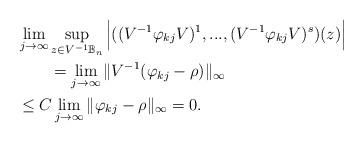
LaTeX: \begin{align*} &\lim_{j\rightarrow \infty}\sup_{z\in V^{-1}\mathbb{B}_n} \Big{|}((V^{-1}\varphi_{kj} V)^1,...,(V^{-1}\varphi_{kj} V)^s)(z)\Big{|}\\&\qquad=\lim_{j\rightarrow \infty}\|V^{-1} (\varphi_{kj}- \rho) \|_\infty\\& \leq C \lim_{j\rightarrow \infty}\| \varphi_{kj}- \rho \|_\infty =0.\end{align*}